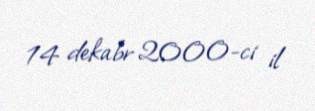
14 dekabr 2000-ci il